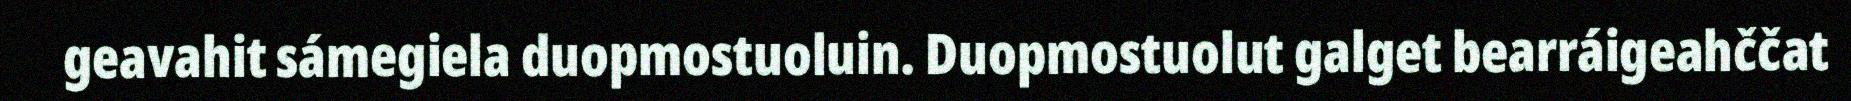
geavahit sámegiela duopmostuoluin. Duopmostuolut galget bearráigeahččat